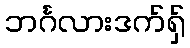
ဘင်္ဂလားဒက်ရှ်